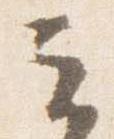
云